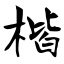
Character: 楷